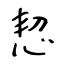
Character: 恝